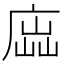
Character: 𢉵